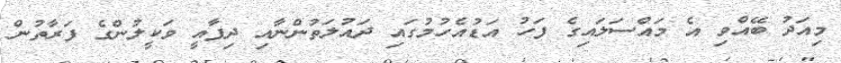
މިއަދު ބޭއްވި އެ މައްސަލައިގެ ފަހު އަޑުއެހުމުގައި ދައުލަތުންނާއި ދިފާއީ ވަކީލުންގެ ފަރާތުން